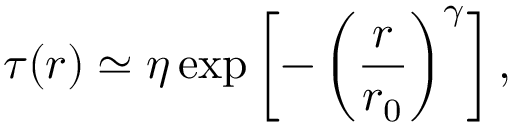
\tau ( r ) \simeq \eta \exp \left[ - \left( \frac { r } { r _ { 0 } } \right) ^ { \gamma } \right] ,